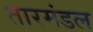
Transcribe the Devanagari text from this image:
तारमंडल